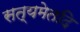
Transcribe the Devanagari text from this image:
सत्यमेतदि